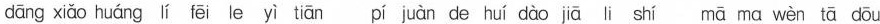
dāng xiǎo huáng lí fēi le yì tiān pí juàn de huí dào jiā li shí mā ma wèn tā dōu